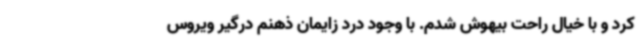
کرد و با خیال راحت بیهوش شدم. با وجود درد زایمان ذهنم درگیر ویروس